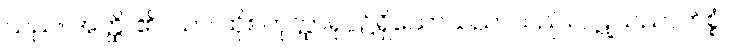
သည်။ အတ္ထိ၊ ၏။ သာ၊ ထိုစတုတ္ထာရုပ္ပ၌ရှိသောသညာသည်။ ပဋုသညာကိစ္စံ၊